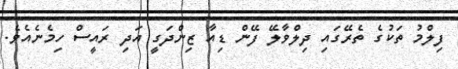
ފިލްމު ތަކުގެ ތެރޭގައި ދިލްވާލޭ ފޭން ޑިއާ ޒިންދަގީ އަދި ރައީސް ހިމެނެއެވެ.